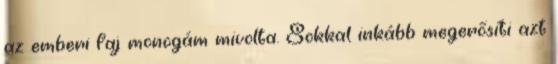
az emberi faj monogám mivolta. Sokkal inkább megerősíti azt